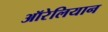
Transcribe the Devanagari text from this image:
ऑरेलियान